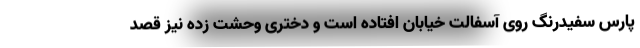
پارس سفیدرنگ روی آسفالت خیابان افتاده است و دختری وحشت زده نیز قصد